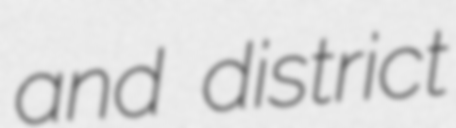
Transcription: and district